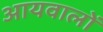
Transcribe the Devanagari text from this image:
आयवालों